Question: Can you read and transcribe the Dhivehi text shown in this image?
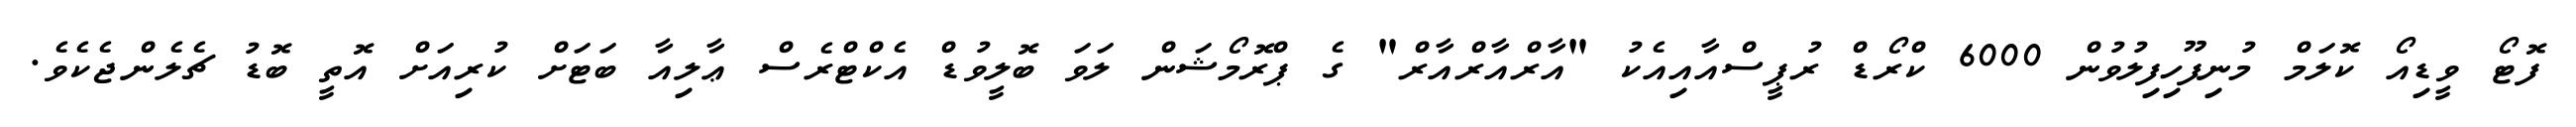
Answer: ފޮޓޯ ވީޑިއޯ ކޮލަމް މުނިފޫހިފިލުވުން 6000 ކްރޯޑް ރުޕީސްއާއިއެކު "އާރްއާރްއާރް" ގެ ޕްރޮމޯޝަން ލަވަ ބޮލީވުޑް އެކްޓްރެސް ޢާލިއާ ބަޓަށް ކުރިއަށް އޮތީ ބޮޑު ޗެލެންޖެކެވެ.